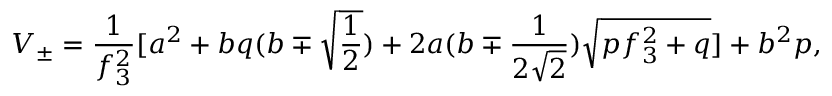
V _ { \pm } = \frac { 1 } { f _ { 3 } ^ { 2 } } \lbrack a ^ { 2 } + b q ( b \mp \sqrt { \frac 1 2 } ) + 2 a ( b \mp \frac { 1 } { 2 \sqrt { 2 } } ) \sqrt { p f _ { 3 } ^ { 2 } + q } \rbrack + b ^ { 2 } p ,